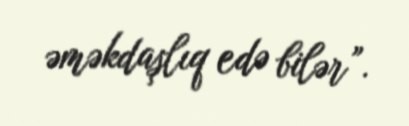
əməkdaşlıq edə bilər”.